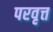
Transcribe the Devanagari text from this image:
परवृत्त